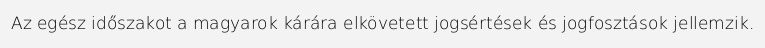
Az egész időszakot a magyarok kárára elkövetett jogsértések és jogfosztások jellemzik.